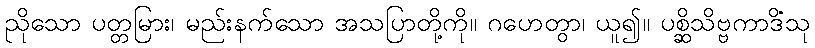
ညိုသော ပတ္တမြား၊ မည်းနက်သော အသပြာတို့ကို။ ဂဟေတွာ၊ ယူ၍။ ပစ္ဆိသိဗ္ဗကာဒိံသု